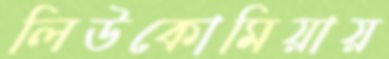
লিউকোমিয়ায়